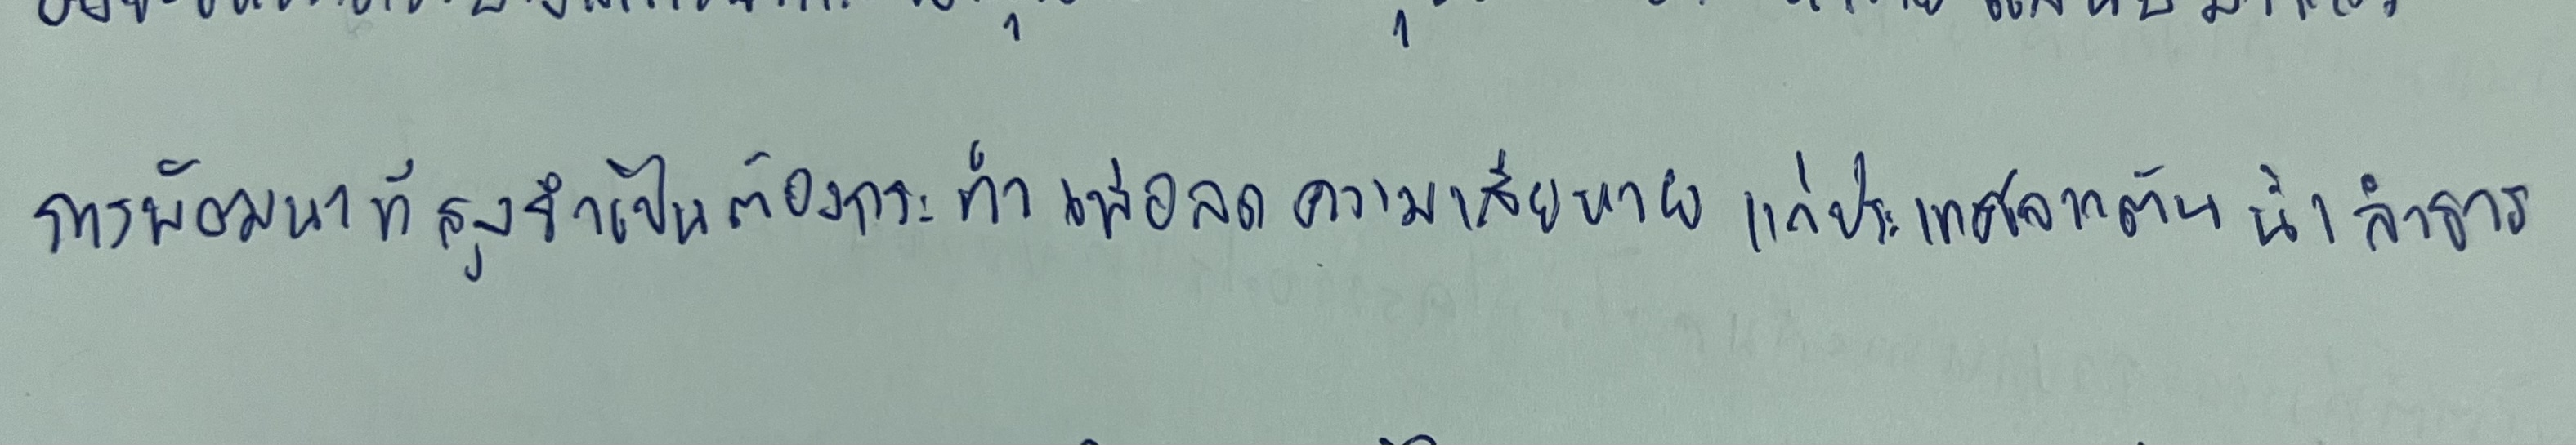
การพัฒนาที่สูงจำเป็นต้องกระทำเพื่อลดความเสียหายแก่ประเทศจากต้นน้ำลำธาร